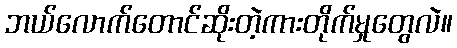
ဘယ်လောက်တောင်ဆိုးတဲ့ကားတိုက်မှုတွေလဲ။